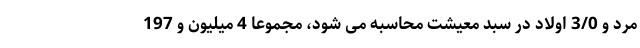
مرد و 3/0 اولاد در سبد معیشت محاسبه می شود، مجموعاً 4 میلیون و 197